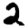
Digit: 2